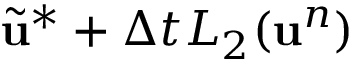
\widetilde { \mathbf { u } } ^ { * } + \Delta t L _ { 2 } ( \mathbf { u } ^ { n } )